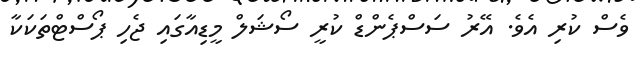
ވެސް ކުރި އެވެ. އޭރު ސަސްޕެންޑް ކުރީ ސޯޝަލް މީޑިއާގައި ޖެހި ޕޯސްޓްތަކަކާ